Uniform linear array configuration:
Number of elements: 8
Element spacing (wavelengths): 0.25
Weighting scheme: exponential
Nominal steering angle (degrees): -15
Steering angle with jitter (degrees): -16.656
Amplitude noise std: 0.05
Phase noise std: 0.05

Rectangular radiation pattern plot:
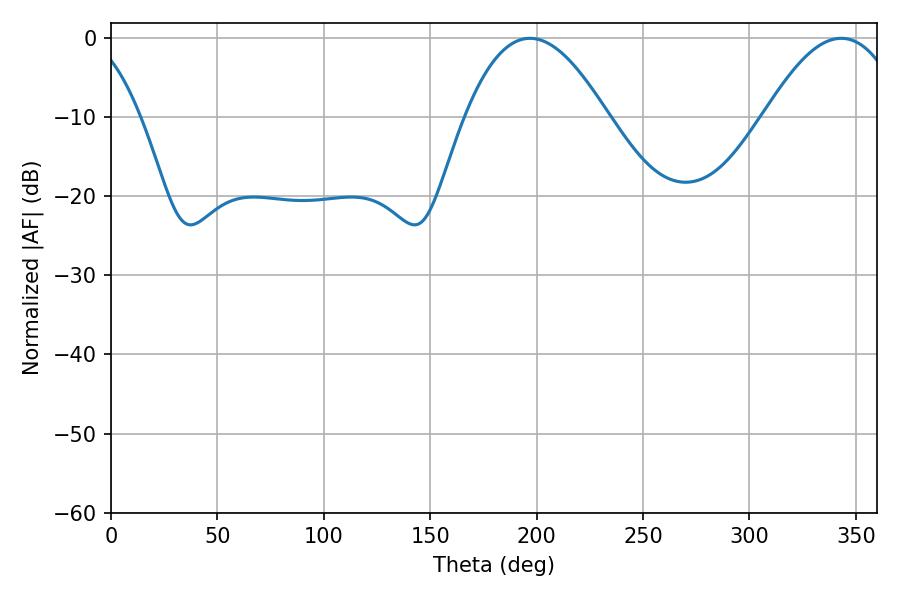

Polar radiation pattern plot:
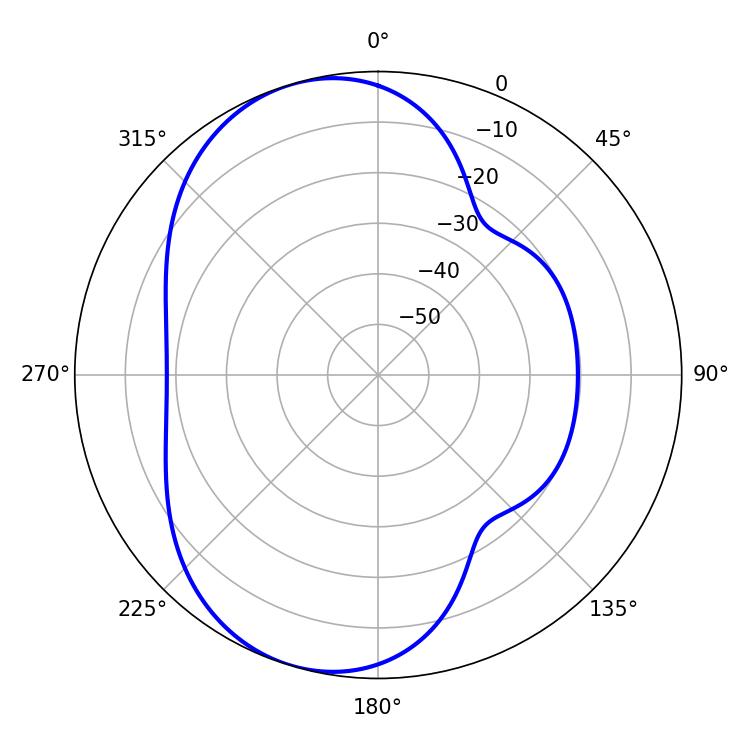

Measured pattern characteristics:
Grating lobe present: FALSE
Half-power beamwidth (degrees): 36.54
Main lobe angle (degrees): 196.92